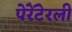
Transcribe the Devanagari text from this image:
पेरेंटेरली